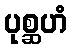
ပုစ္ဆဟံ